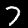
Digit: 7